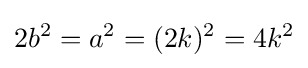
2b^{2}=a^{2}=(2k)^{2}=4k^{2}